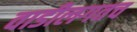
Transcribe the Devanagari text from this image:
वाडीलगतच